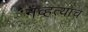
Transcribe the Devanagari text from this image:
नव्हत्याच